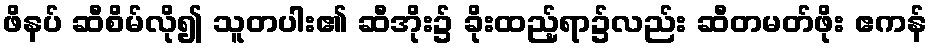
ဖိနပ် ဆီစိမ်လို၍ သူတပါး၏ ဆီအိုး၌ ခိုးထည့်ရာ၌လည်း ဆီတမတ်ဖိုး ဧကန်